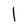
Character: l